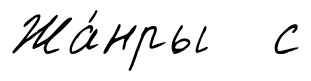
Жа́нры с